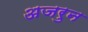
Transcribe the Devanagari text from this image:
अजरुन